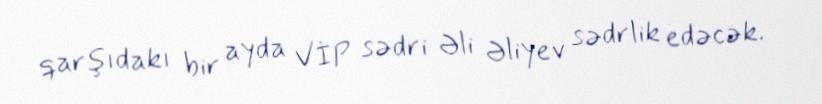
qarşıdakı bir ayda VİP sədri Əli Əliyev sədrlik edəcək.